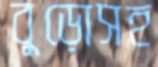
বুড়োসহ